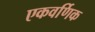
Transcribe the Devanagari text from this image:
एकवर्णिक